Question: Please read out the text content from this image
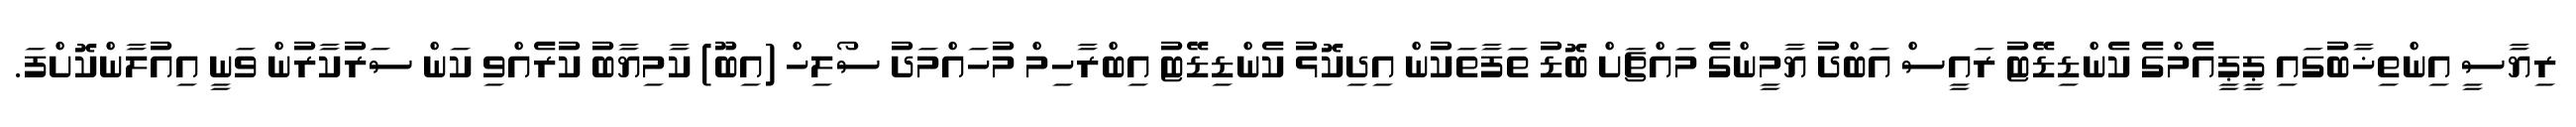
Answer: ރިޔާސީ އިންތިޚާބުގައި ޕީޕީއެމްގެ ކެންޑިޑޭޓު ރައީސް އަބްދު ޔާމީންގެ މައްޗަށް ބޮޑު ތަފާތަކުން އިދިކޮޅު ކެންޑިޑޭޓު އިބްރާހިމް މުހައްމަދު ސޯލިހް (އިބޫ) ކާމިޔާބު ކުރެއްވި ކަން ސަރުކާރުން ވަނީ އިއުލާންކޮށްފަ.